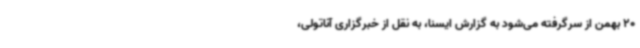
20 بهمن از سرگرفته می‌شود به گزارش ایسنا، به نقل از خبرگزاری آناتولی،